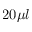
2 0 \mu l